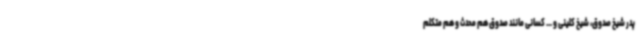
پدر شیخ صدوق، شیخ کلینی و ... کسانی مانند صدوق هم محدث و هم متکلم